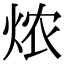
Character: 㶶